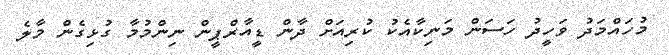
މުހައްމަދު ވަހީދު ހަސަން މަނިކާއެކު ކުރިއަށް ދާން ޑީއާރްޕީން ނިންމުމާ ގުޅިގެން މާލެ